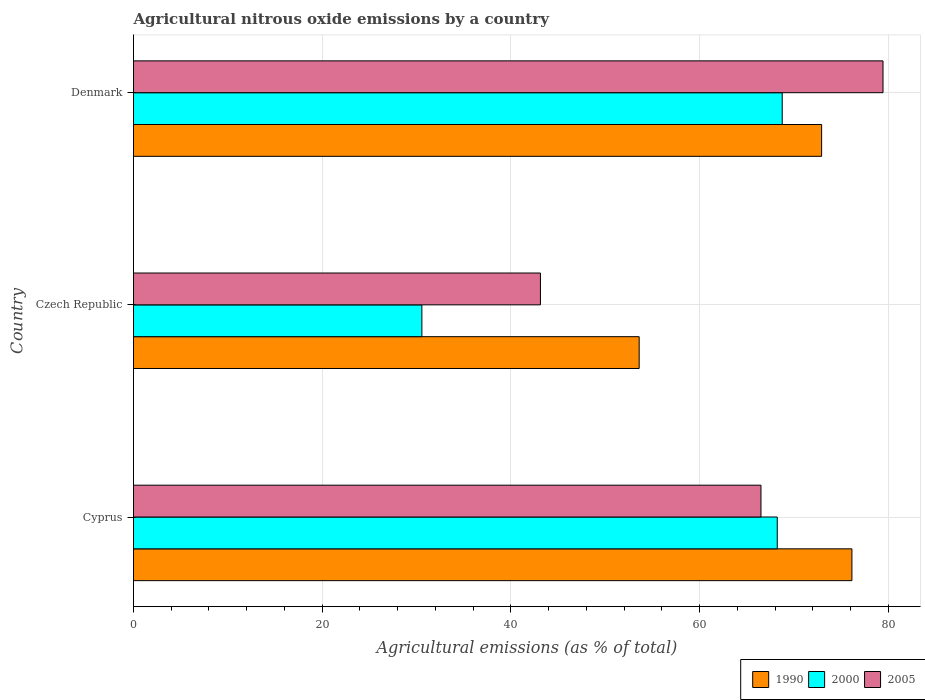
| Country | 1990 | 2000 | 2005 |
 | --- | --- | --- | --- |
 | Cyprus | 76.1 | 68.2 | 66.5 |
 | Czech Republic | 53.6 | 30.6 | 43.1 |
 | Denmark | 72.9 | 68.8 | 79.4 |